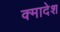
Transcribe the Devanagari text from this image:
क्मादेश